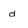
Character: d